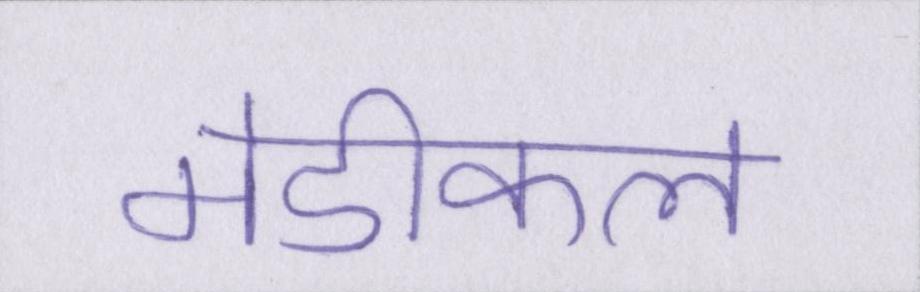
मेडीकल